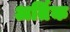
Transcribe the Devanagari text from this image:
अर्तिक